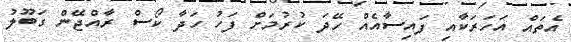
އެތައް އަހަރަކާއި ފައިސާއެއް ހޭދަ ކުރުމަށް ފަހު ހަދާ ކޯސް ރާއްޖޭން ގަބޫލު